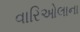
વારિઓલાના